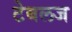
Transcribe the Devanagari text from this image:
टेबलज